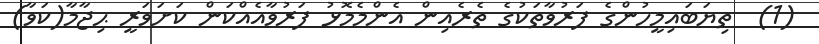
(1)  ތިޔަބައިމީހުންގެ ފަރުވާތަކުގެ ތެރެއިން އެންމެމޮޅު ފަރުވާއެއްކަން ކަށަވަރީ ޙިޖާމާ(ކަވާ)